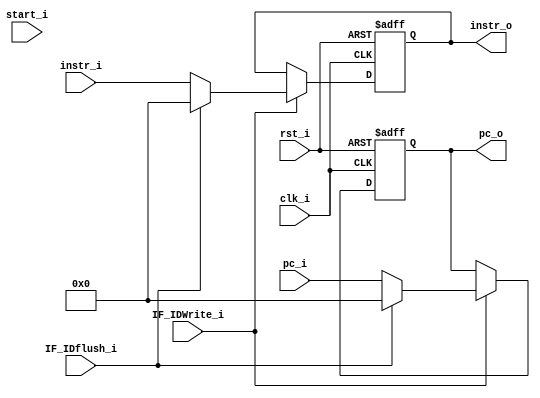
// Pipeline register for IF/ID
module IF_ID(
    clk_i,
    rst_i,
    start_i,
    IF_IDWrite_i,
    IF_IDflush_i,
    pc_i,
    instr_i,
    pc_o,
    instr_o
);

// Ports
input               clk_i;
input               rst_i;
input               start_i;
input               IF_IDWrite_i;
input               IF_IDflush_i;
input       [31:0]  pc_i;
input       [31:0]  instr_i;
output reg  [31:0]  pc_o;
output reg  [31:0]  instr_o;

always@(posedge clk_i or negedge rst_i) begin
    if(~rst_i) begin
        pc_o <= 32'b0;
        instr_o <= 32'b0;
    end
    else if(~IF_IDWrite_i) begin
        pc_o <= pc_o;
        instr_o <= instr_o;
    end
    else if(IF_IDflush_i) begin
        pc_o <= 32'b0;
        instr_o <= 32'b0;
    end
    else begin
        pc_o <= pc_i;
        instr_o <= instr_i;
    end end

endmodule